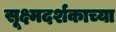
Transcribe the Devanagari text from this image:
सूक्ष्मदर्शकाच्या